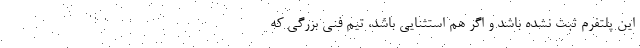
این پلتفرم ثبت نشده باشد و اگر هم استثنایی باشد، تیم فنی بزرگی که